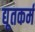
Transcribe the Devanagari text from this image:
द्यूतकर्म